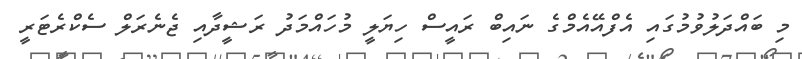
މި ބައްދަލުވުމުގައި އެފްއޭއެމްގެ ނައިބް ރައީސް ހިޔަލީ މުހައްމަދު ރަޝީދާއި ޖެނެރަލް ސެކްރެޓަރީ